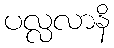
ပလ္လလာနိ